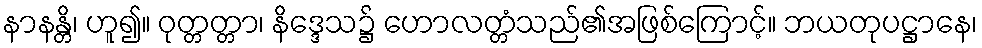
နာနန္တိ၊ ဟူ၍။ ဝုတ္တတ္တာ၊ နိဒ္ဒေသ၌ ဟောလတ္တံသည်၏အဖြစ်ကြောင့်။ ဘယတုပဋ္ဌာနေ၊